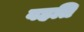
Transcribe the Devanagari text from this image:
वहति